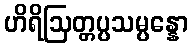
ဟိရိဩတ္တပ္ပသမ္ပန္နော